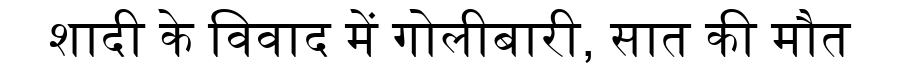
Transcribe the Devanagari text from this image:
शादी के विवाद में गोलीबारी, सात की मौत